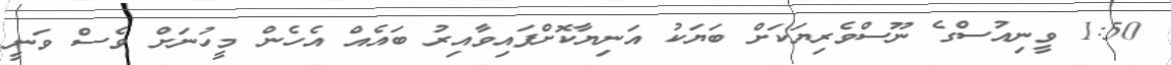
1:50 ވީނިއުސްގެ ނޫސްވެރިޔަކަށް ބަޔަކު އަނިޔާކޮށްފައިވާއިރު ބައެއް އެހެން މީހުނަށް ވެސް ވަނީ